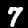
Digit: 7